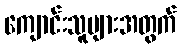
ကျောင်းသူများအတွက်